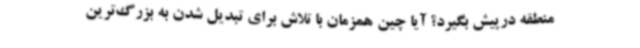
منطقه درپیش بگیرد؟ آیا چین همزمان با تلاش برای تبدیل شدن به بزرگ‌ترین